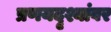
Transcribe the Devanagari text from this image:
प्रणयदृश्यांवर